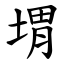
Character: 㙕